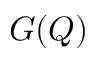
G ( Q )